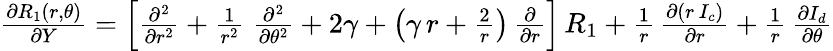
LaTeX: \begin{array}{r}{{\frac{\partial R_{1}(r,\theta)}{\partial Y}}=\left[{\frac{\partial^{2}}{\partial r^{2}}}+{\frac{1}{r^{2}}}\; {\frac{\partial^{2}}{\partial\theta^{2}}}+2\gamma+\left(\gamma\, r+{\frac{2}{r}}\right)\, {\frac{\partial}{\partial r}}\right]\, R_{1}+{\frac{1}{r}}\, {\frac{\partial(r\, I_{c})}{\partial r}}+{\frac{1}{r}}\, {\frac{\partial I_{d}}{\partial\theta}}}\end{array}